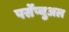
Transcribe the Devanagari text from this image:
पर्सेप्चुअल